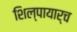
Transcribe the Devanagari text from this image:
शिल्पायार्च